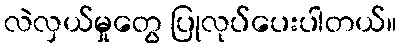
လဲလှယ်မှုတွေ ပြုလုပ်ပေးပါတယ်။